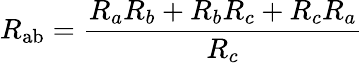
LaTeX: R_{\mathrm{ab}}={\frac{R_{a}R_{b}+R_{b}R_{c}+R_{c}R_{a}}{R_{c}}}